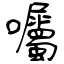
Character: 囑